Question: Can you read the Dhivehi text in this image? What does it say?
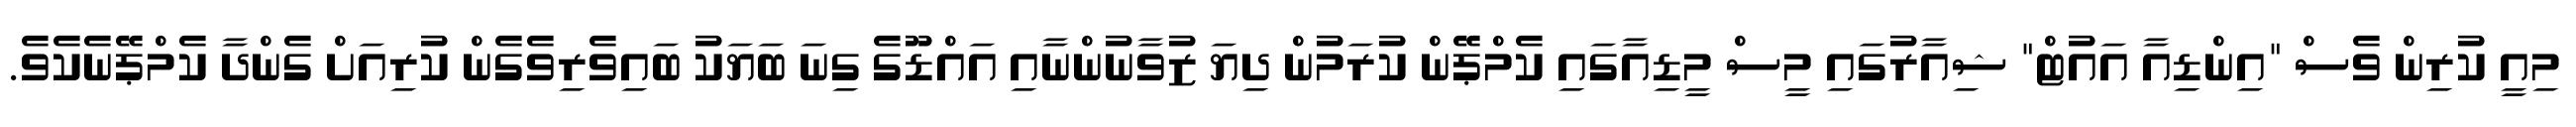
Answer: މިއީ ކުރިން ވެސް "އިންޑިއާ އައުޓް" ޝިއާރުގައި މީސް މީޑިއާގައި ކެމްޕޭން ކުރަމުން ދިޔަ ޒުވާނުންނާއި އައްޑޫގެ ގިނަ ބަޔަކު ބައިވެރިވެގެން ކުރިއަށް ގެންދާ ކެމްޕޭނެކެވެ.